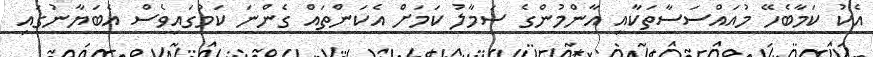
އެކު ކަމާބެހޭ މުއައްސަސާތަކާއި އާންމުންގެ ސަމާލު ކަމަށް އެކަންތައް ގެންނަ ކަމުގައިިވެސް އެބަޔާނުގައި